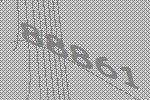
88861